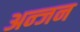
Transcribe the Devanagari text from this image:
अन्जन